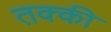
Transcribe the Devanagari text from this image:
तक्की